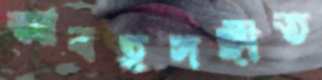
আবহসঙ্গীত